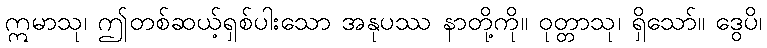
ဣမာသု၊ ဤတစ်ဆယ့်ရှစ်ပါးသော အနုပဿ နာတို့ကို။ ဝုတ္တာသု၊ ရှိသော်။ ဒွေပိ၊